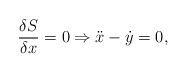
LaTeX: \begin{align*}\frac{\delta S}{\delta x}=0 \Rightarrow \ddot x-\dot y=0,\end{align*}